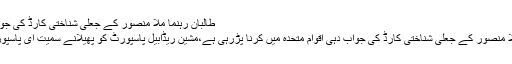
طالبان رہنما ملا منصور کے جعلی شناختی کارڈ کی جواب دہی اقوام متحدہ میں کرنا پڑی
انہوں نے بتایا کہ طالبان رہنما ملا منصور کے جعلی شناختی کارڈ کی جواب دہی اقوام متحدہ میں کرنا پڑرہی ہے،مشین ریڈابیل پاسپورٹ کو پھیلانے سمیت ای پاسپورٹ کا اجرا بھی جلد کیا جائے گا۔